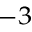
^ { - 3 }